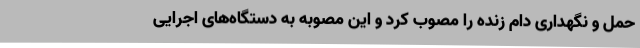
حمل و نگهداری دام زنده را مصوب کرد و این مصوبه به دستگاه‌های اجرایی